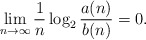
\begin{align*}\lim_{n \to \infty} \frac{1}{n} \log_2 \frac{a(n)}{b(n)}=0.\end{align*}